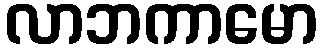
လာဘကာမော